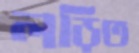
লড়িত